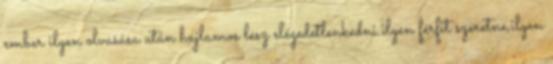
ember ilyen olvasása után hajlamos lesz elégedetlenkedni.ilyen férfit szeretne,ilyen